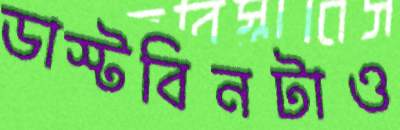
ডাস্টবিনটাও